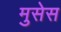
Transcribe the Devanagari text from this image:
मुसेस